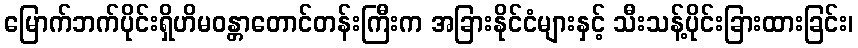
မြောက်ဘက်ပိုင်းရှိဟိမဝန္တာတောင်တန်းကြီးက အခြားနိုင်ငံများနှင့် သီးသန့်ပိုင်းခြားထားခြင်း၊